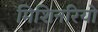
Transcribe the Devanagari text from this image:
मिशिनरियो